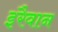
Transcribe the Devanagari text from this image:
इरैवान